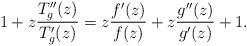
LaTeX: \begin{align*} 1+z\frac{T_g''(z)}{T_g'(z)}=z\frac{f'(z)}{f(z)}+z\frac{g''(z)}{g'(z)}+1. \end{align*}